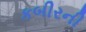
કબીરની